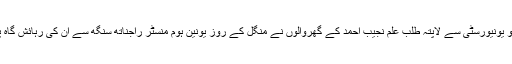
جواہر لال نہرو یونیورسٹی سے لاپتہ طلب علم نجیب احمد کے گھروالوں نے منگل کے روز یونین ہوم منسٹر راجناتھ سنگھ سے ان کی رہائش گاہ پر ملاقات کی۔